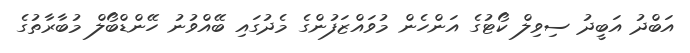
އަބްދު އަބީދު ސިވިލް ކޯޓުގެ އަންހެން މުވައްޒަފުންގެ މެދުގައި ބޭއްވުނު ހޭންޑްބޯލް މުބާރާތުގެ